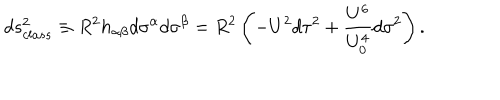
LaTeX: d s _ { c l a s s } ^ { 2 } \equiv R ^ { 2 } h _ { \alpha \beta } d \sigma ^ { \alpha } d \sigma ^ { \beta } = R ^ { 2 } \left( - U ^ { 2 } d \tau ^ { 2 } + \frac { U ^ { 6 } } { U _ { 0 } ^ { 4 } } d \sigma ^ { 2 } \right) .